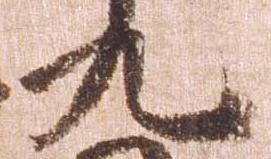
九